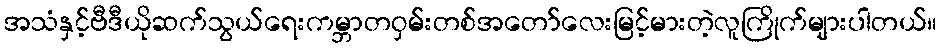
အသံနှင့်ဗီဒီယိုဆက်သွယ်ရေးကမ္ဘာတဝှမ်းတစ်အတော်လေးမြင့်မားတဲ့လူကြိုက်များပါတယ်။